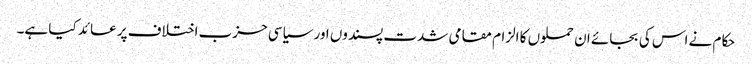
حکام نے اس کی بجائے ان حملوں کا الزام مقامی شدت پسندوں اور سیاسی حزب اختلاف پر عائد کیا ہے۔